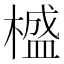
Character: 𣛮